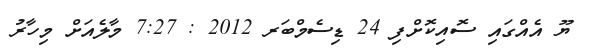
ޔޫ އެއްގައި ސޮއިކޮށްފި 24 ޑިސެމްބަރ 2012 : 7:27 މާލެއަށް މިހާރު